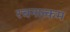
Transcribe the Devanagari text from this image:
रचनात्‍कम